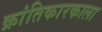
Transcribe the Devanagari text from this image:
क्रांतिकारकाला